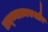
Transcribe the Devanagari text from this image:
तत्थ्यात्मकऔर